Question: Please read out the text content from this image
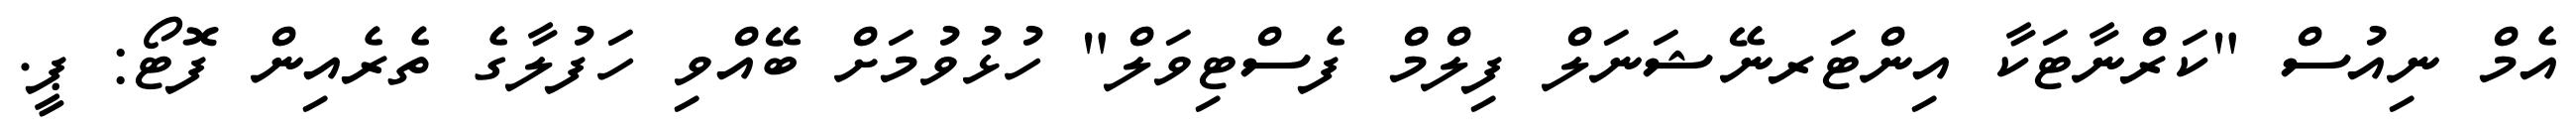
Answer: އެމް ނިއުސް "ކަރްނާޓަކާ އިންޓަރނޭޝަނަލް ފިލްމް ފެސްޓިވަލް" ހުޅުވުމަށް ބޭއްވި ހަފުލާގެ ތެރެއިން ފޮޓޯ: ޕީ.